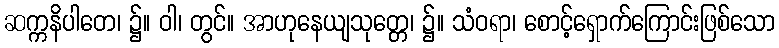
ဆက္ကနိပါတေ၊ ၌။ ဝါ၊ တွင်။ အာဟုနေယျသုတ္တေ၊ ၌။ သံဝရာ၊ စောင့်ရှောက်ကြောင်းဖြစ်သော